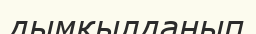
дымқылданып